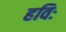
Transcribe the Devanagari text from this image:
हविः